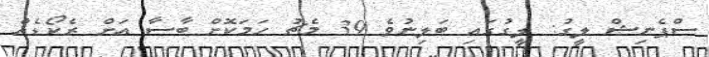
ސްޕެނިޝް ލީގު: ލީގުގައި ބަލިނުވެ 39 މެޗު ހަމަކޮށް ބާސާ އަށް ރެކޯޑެއް